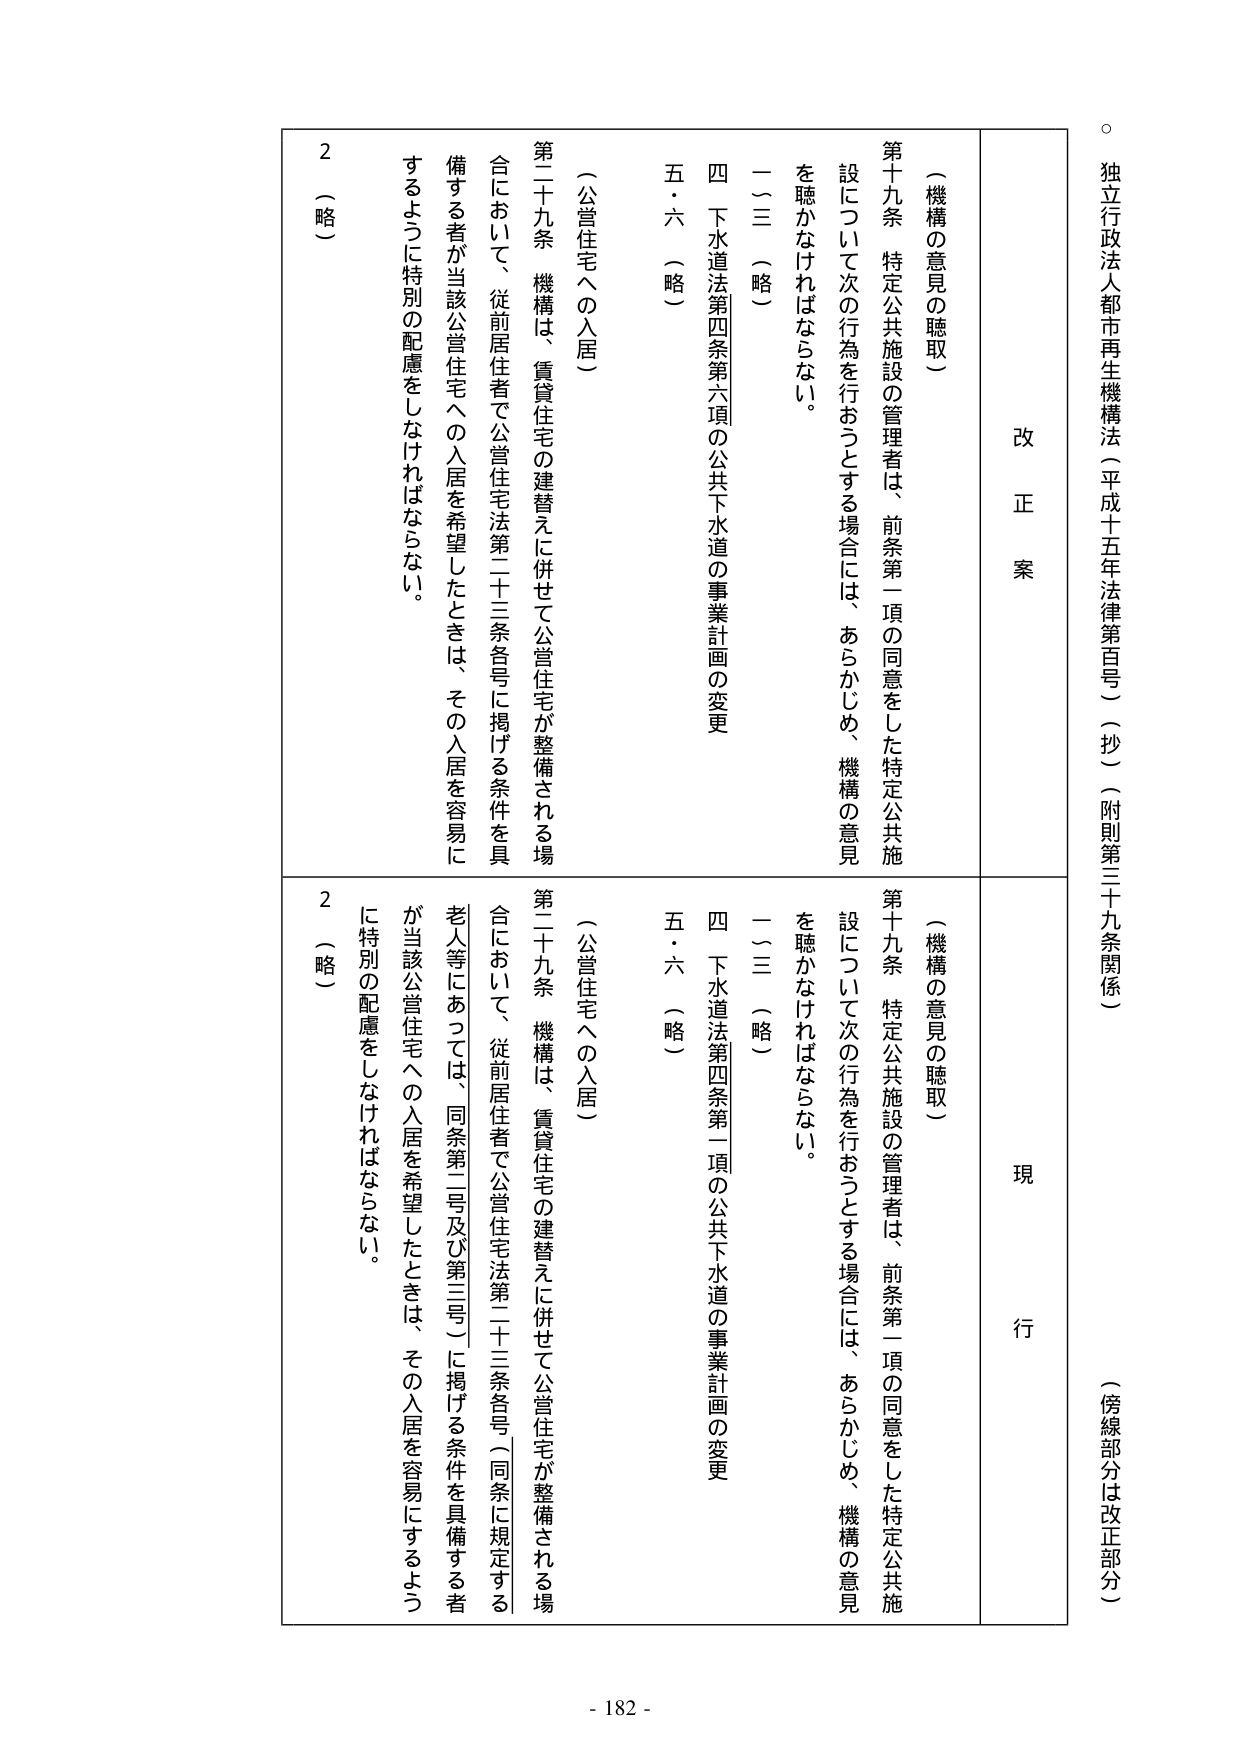
独立行政法人都市再生機構法（平成十五年法律第百号）（抄）（附則第三十九条関係）
（傍線部分は改正部分）

改 正 案

（機構の意見の聴取）
第十九条 特定公共施設の管理者は、前条第一項の同意をした特定公共施設について次の行為を行おうとする場合には、あらかじめ、機構の意見を聴かなければならない。
一～三 （略）
四 下水道法第四条第六項の公共下水道の事業計画の変更
五・六 （略）

（公営住宅への入居）
第二十九条 機構は、賃貸住宅の建替えに併せて公営住宅が整備される場合において、従前居住者で公営住宅法第二十三条各号に掲げる条件を具備する者が当該公営住宅への入居を希望したときは、その入居を容易にするように特別の配慮をしなければならない。
2 （略）

現 行

（機構の意見の聴取）
第十九条 特定公共施設の管理者は、前条第一項の同意をした特定公共施設について次の行為を行おうとする場合には、あらかじめ、機構の意見を聴かなければならない。
一～三 （略）
四 下水道法第四条第一項の公共下水道の事業計画の変更
五・六 （略）

（公営住宅への入居）
第二十九条 機構は、賃貸住宅の建替えに併せて公営住宅が整備される場合において、従前居住者で公営住宅法第二十三条各号（同条に規定する老人等にあっては、同条第二号及び第三号）に掲げる条件を具備する者が当該公営住宅への入居を希望したときは、その入居を容易にするように特別の配慮をしなければならない。
2 （略）

- 182 -